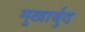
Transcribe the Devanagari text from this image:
मुखार्बुद